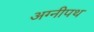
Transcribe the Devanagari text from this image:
अग्नीपथ